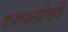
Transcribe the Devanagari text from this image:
दशश्लोकी